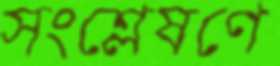
সংশ্লেষণে